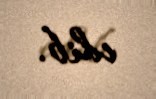
edib.